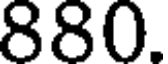
880.